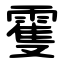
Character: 䨥